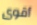
أقوى